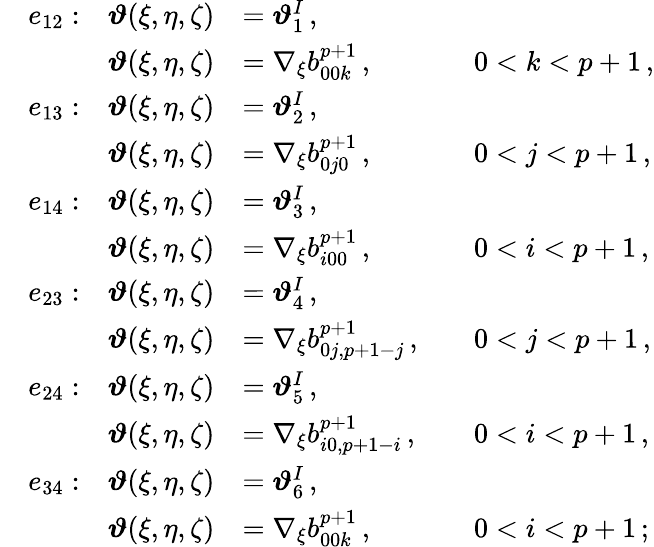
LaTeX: \begin{array}{rlrlrl}&{e_{12}:}&{\boldsymbol{\vartheta}(\xi,\eta,\zeta)}&{=\boldsymbol{\vartheta}_{1}^{I}\, ,}\\ &{}&{\boldsymbol{\vartheta}(\xi,\eta,\zeta)}&{=\nabla_{\xi}b_{00k}^{p+1}\, ,}&&{0<k<p+1\, ,}\\ &{e_{13}:}&{\boldsymbol{\vartheta}(\xi,\eta,\zeta)}&{=\boldsymbol{\vartheta}_{2}^{I}\, ,}\\ &{}&{\boldsymbol{\vartheta}(\xi,\eta,\zeta)}&{=\nabla_{\xi}b_{0j0}^{p+1}\, ,}&&{0<j<p+1\, ,}\\ &{e_{14}:}&{\boldsymbol{\vartheta}(\xi,\eta,\zeta)}&{=\boldsymbol{\vartheta}_{3}^{I}\, ,}\\ &{}&{\boldsymbol{\vartheta}(\xi,\eta,\zeta)}&{=\nabla_{\xi}b_{i00}^{p+1}\, ,}&&{0<i<p+1\, ,}\\ &{e_{23}:}&{\boldsymbol{\vartheta}(\xi,\eta,\zeta)}&{=\boldsymbol{\vartheta}_{4}^{I}\, ,}\\ &{}&{\boldsymbol{\vartheta}(\xi,\eta,\zeta)}&{=\nabla_{\xi}b_{0j,p+1-j}^{p+1}\, ,}&&{0<j<p+1\, ,}\\ &{e_{24}:}&{\boldsymbol{\vartheta}(\xi,\eta,\zeta)}&{=\boldsymbol{\vartheta}_{5}^{I}\, ,}\\ &{}&{\boldsymbol{\vartheta}(\xi,\eta,\zeta)}&{=\nabla_{\xi}b_{i0,p+1-i}^{p+1}\, ,}&&{0<i<p+1\, ,}\\ &{e_{34}:}&{\boldsymbol{\vartheta}(\xi,\eta,\zeta)}&{=\boldsymbol{\vartheta}_{6}^{I}\, ,}\\ &{}&{\boldsymbol{\vartheta}(\xi,\eta,\zeta)}&{=\nabla_{\xi}b_{00k}^{p+1}\, ,}&&{0<i<p+1\, ;}\end{array}